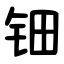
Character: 钿